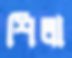
শিলা